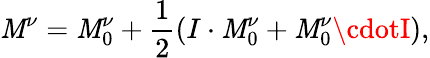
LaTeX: \mathit{M}^{\nu}=\mathit{M}_{0}^{\nu}+\frac{{1}}{{2}}\left(I\cdot\mathit{M}_{0}^{\nu}+\mathit{M}_{0}^{\nu}\cdotI\right),